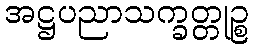
အဋ္ဌပညာသက္ခတ္တုဉ္စ